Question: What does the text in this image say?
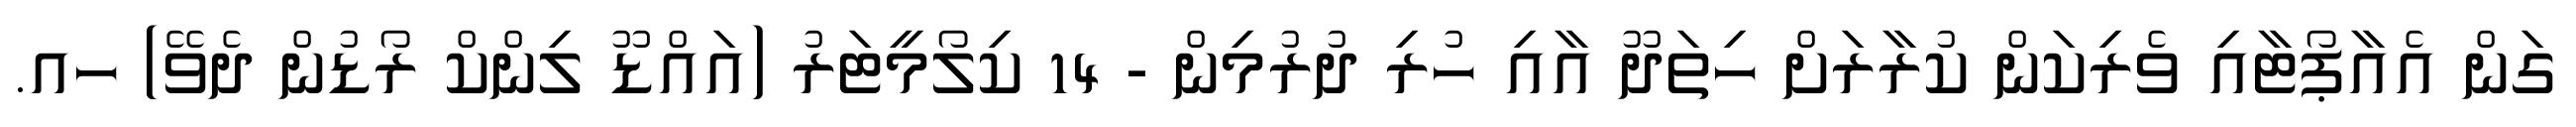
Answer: ގަން އެއާޕޯޓާއި ވެރިކަން ކުރާރަށް ހިތަދޫ އާއި ހުރި ދުރުމިން - 14 ކިލޯމީޓަރު (އައްޑޫ ލިންކް ރޯޑުން ދެވޭ) ހއ.